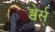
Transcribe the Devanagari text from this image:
ब्वेर्स्